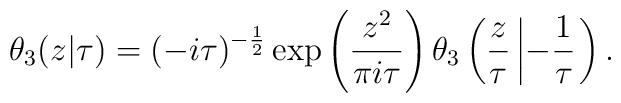
\theta_3(z|\tau) = (-i\tau)^{-{1 \over 2}} \exp \left({z^2 \over \pi i\tau}\right)\theta_3\left({z \over \tau}\left|- {1 \over \tau} \right.\right) .